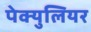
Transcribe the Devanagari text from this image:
पेक्युलियर